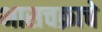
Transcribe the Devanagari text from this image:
भासचक्राचे